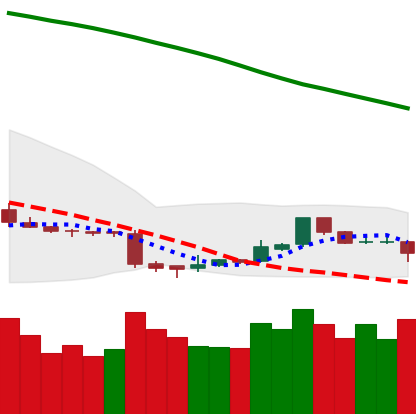
Ticker: ETC-USD
Chart end date: 2018-11-11
Forward return: -19.469%
Label: down_7plus